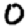
Digit: 0